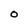
Character: O